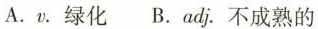
A.v.绿化B.Adj.不成熟的